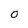
Character: O